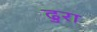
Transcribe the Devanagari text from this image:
ढुरा